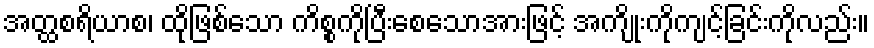
အတ္ထစရိယာစ၊ ထိုဖြစ်သော ကိစ္စကိုပြီးစေသောအားဖြင့် အကျိုးကိုကျင့်ခြင်းကိုလည်း။